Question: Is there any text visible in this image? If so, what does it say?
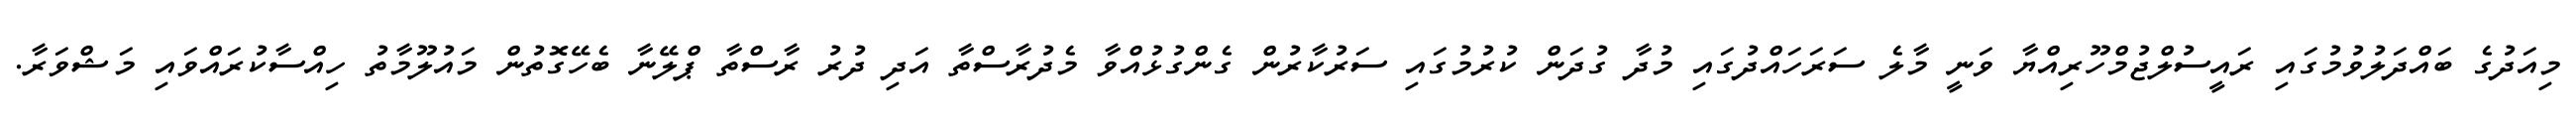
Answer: މިއަދުގެ ބައްދަލުވުމުގައި ރައީސުލްޖުމްހޫރިއްޔާ ވަނީ މާލެ ސަރަހައްދުގައި މުދާ ގުދަން ކުރުމުގައި ސަރުކާރުން ގެންގުޅުއްވާ މެދުރާސްތާ އަދި ދުރު ރާސްތާ ޕްލޭނާ ބެހޭގޮތުން މައުލޫމާތު ހިއްސާކުރައްވައި މަޝްވަރާ.